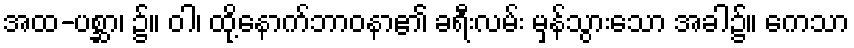
အထ-ပစ္ဆာ၊ ၌။ ဝါ၊ ထို့နောက်ဘာဝနာ၏ ခရီးလမ်း မှန်သွားသော အခါ၌။ ကေသာ